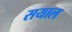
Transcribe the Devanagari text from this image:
सयाल